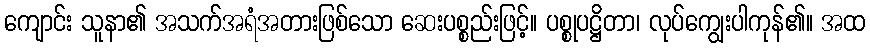
ကျောင်း သူနာ၏ အသက်အရံအတားဖြစ်သော ဆေးပစ္စည်းဖြင့်။ ပစ္စုပဋ္ဌိတာ၊ လုပ်ကျွေးပါကုန်၏။ အထ